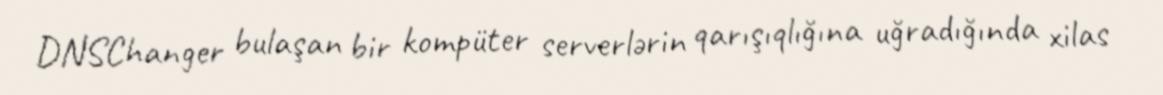
DNSChanger bulaşan bir kompüter serverlərin qarışıqlığına uğradığında xilas